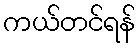
ကယ်တင်ရန်